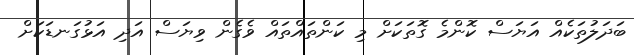
ބަދަލުތަކެއް އަޔަސް ކޮންމެ ގޮތަކަށް މި ކަންތައްތައް ވެގެން ވިޔަސް އަދި އަޅުގަނޑަކަށް